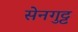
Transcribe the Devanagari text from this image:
सेनगुट्ट